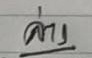
ล่าง